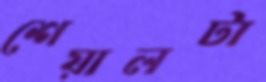
শেয়ালটা